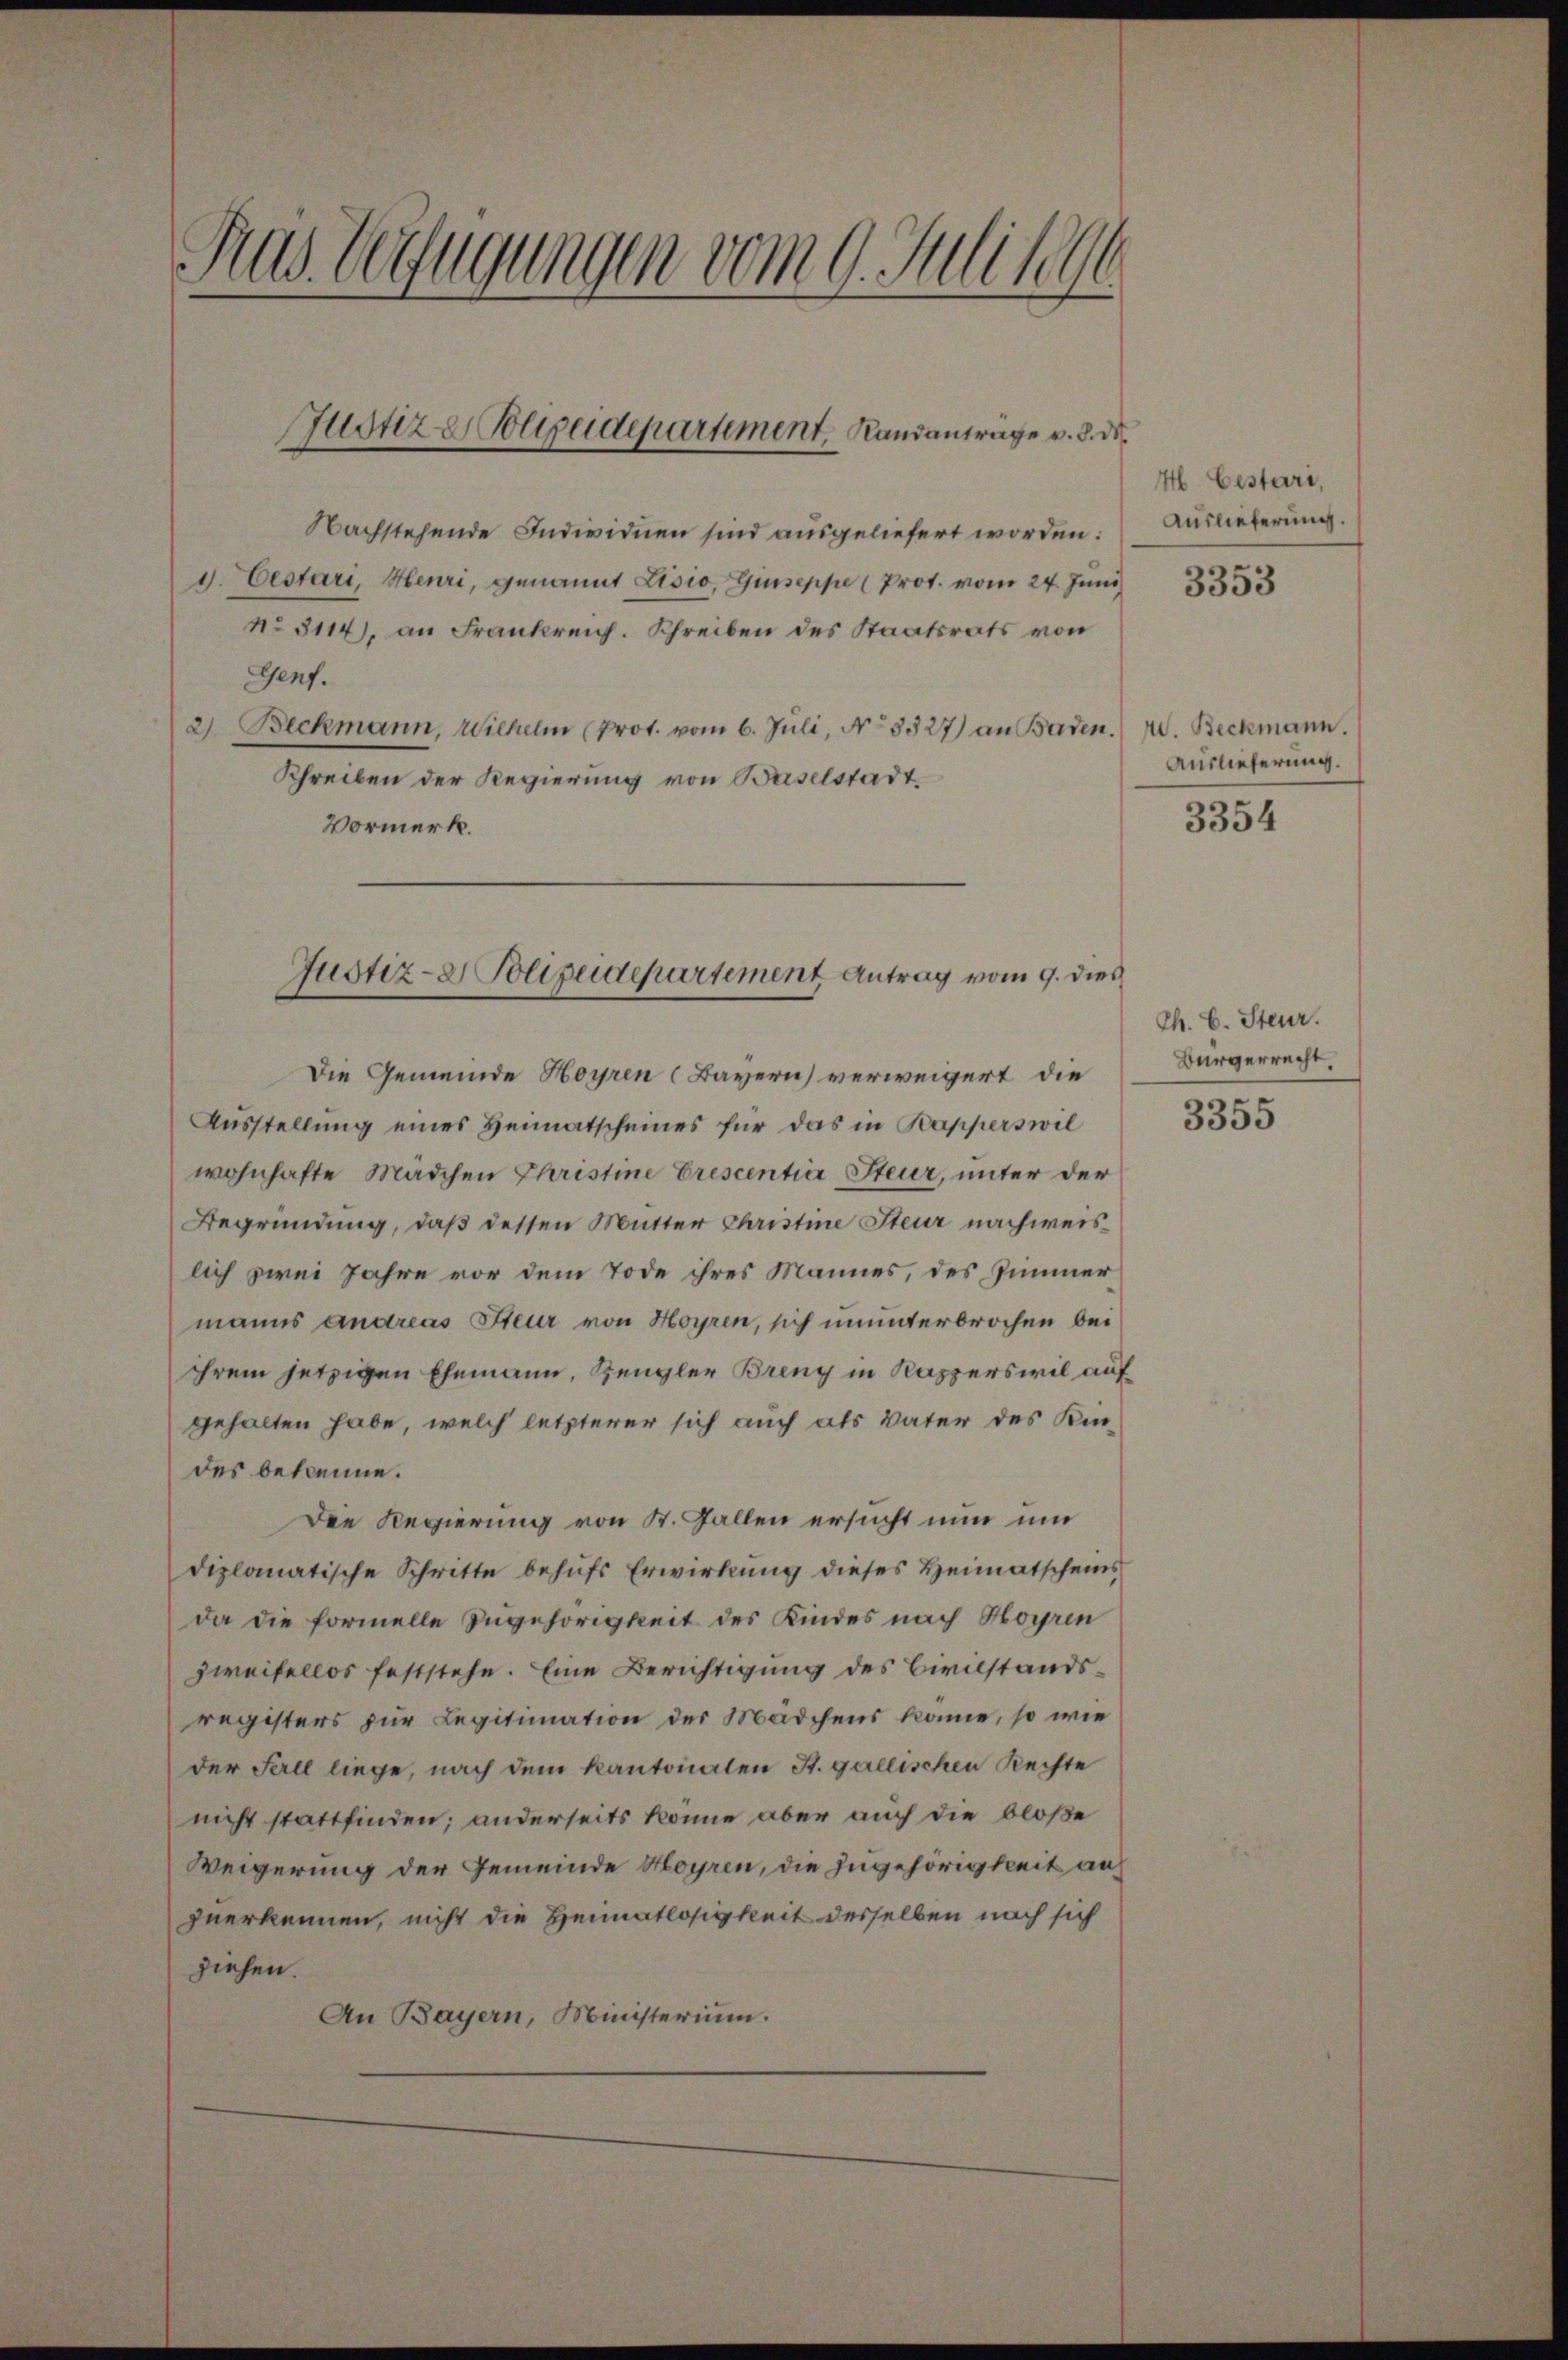
Aus Verfügungen vom 9. Juli 1890

Justiz & Polizeidepartement, Randantrage v. 3. ds.

Justiz- & Polizeidepartement Antrag vom 9. dies

Nachstehende Individuen sind ausgeliefert worden:
d. bestari, Heuri, genannt Lisio, Giuseppe (Prot. vom 24. Juni
No 5114), an Frankreich. Schreiben des Staatsrats von
Genf.
2. Beckmann, Wilhelm (Prot. vom 6. Juli, No 3327) an Baden.
Schreiben der Regierung von Baselstadt.
Vormerk.

Die Gemeinde Hoyren (Bayern) verweigert, die
Ausstellung eines Heimatscheines für das in Kapperswil
wohnhafte Mädchen Christine Erescentia Steur, unter der
Begründung, daß dessen Mutter Christine Steur nachweislich zwei Jahre vor dem Tode ihres Mannes, des Zimmermanns andreas Steur von Hoyren, sich ununterbrochen bei
ihrem jetzigen Ehemann, Zeugler Breny in Kapperswil auf
gehalten habe, welch letzterer sich auch als Vater des Kindes bekenne.
Die Regierung von St. Gallen ersucht nun und
diplomatische Schritte behufs Erwirkung dieses Heimatscheins
da die formelle Ingehörigkeit des Kindes nach Hoyren
zweifellos feststehe. Eine Berichtigung des Civilstandsregisters zur Legitimation der Mädchens könne, so wie
der Fell liege, nach dem Kantonalen St. gallischen Rechte
nicht stattfinden; anderseits könne aber auch die bloße
Weigerung der Gemeinde Hoyren, die Ingehörigkeit an
zuerkennen, nicht die Heimatlosigkeit desselben nach sich
ziehen.
An Bayern, Ministerium.

H. Gestari,
Auslieferung.

3353

W. Beckmann.
Auslieferung.
3354

Th. E. Steur.
Bürgerrecht.

3355